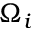
\Omega _ { i }